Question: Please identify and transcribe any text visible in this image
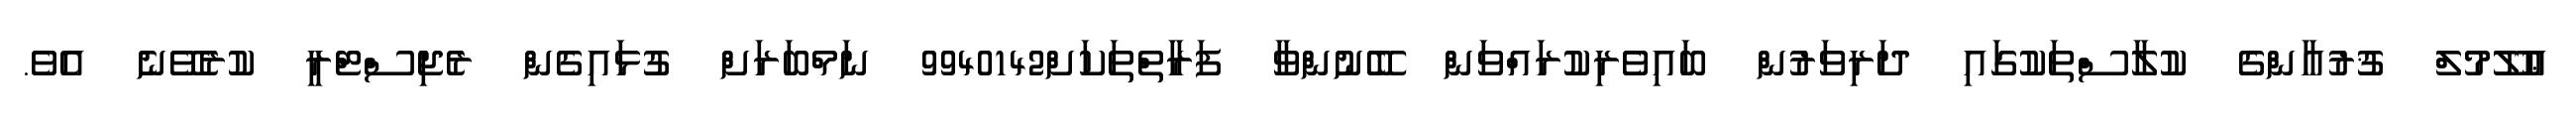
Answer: ޢުލޫމުލް ޤުރުއާންގެ ކުލާސްތަކުގައި ދަރިވަރުން ބައިވެރިކުރައްވަން ބޭނުންވާ ފަރާތްތަކަށް9940142 ނަމްބަރަށް ގުޅައިގެން ރެޖިސްޓްރީ ކުރެވޭނެ އެވެ.